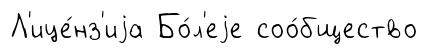
Л'ице́нз'иjа Бо́л'еjе соо́бщество